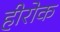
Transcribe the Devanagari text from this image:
हीरोक